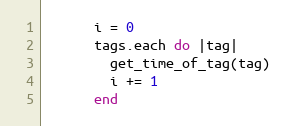
Language: Ruby
      i = 0
      tags.each do |tag|
        get_time_of_tag(tag)
        i += 1
      end